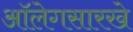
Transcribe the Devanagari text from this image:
ऑलेगसारखे